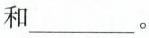
和___。